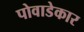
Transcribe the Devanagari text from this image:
पोवाडेकार